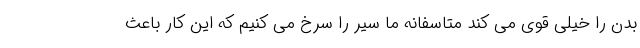
بدن را خیلی قوی می کند متاسفانه ما سیر را سرخ می کنیم که این کار باعث